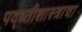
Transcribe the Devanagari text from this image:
पद्ध्तीशास्त्राचा